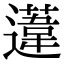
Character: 𨗨